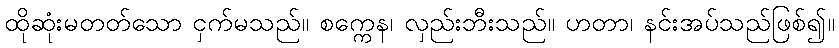
ထိုဆုံးမတတ်သော ငှက်မသည်။ စက္ကေန၊ လှည်းဘီးသည်။ ဟတာ၊ နင်းအပ်သည်ဖြစ်၍။